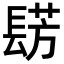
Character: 𮤀